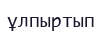
ұлпыртып